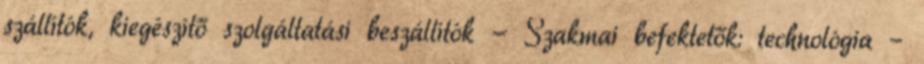
szállítók, kiegészítő szolgáltatási beszállítók - Szakmai befektetők: technológia –